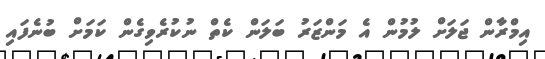
އިމްރާން ޖަލަށް ލުމުން އެ މަންޒަރު ބަލަން ކެތް ނުކުރެވިގެން ކަމަށް ބުނެފައި